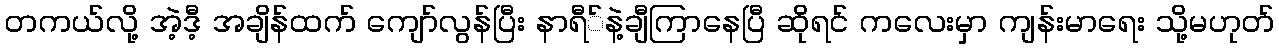
တကယ်လို့ အဲ့ဒီ့ အချိန်ထက် ကျော်လွန်ပြီး နာရီ်နဲ့ချီကြာနေပြီ ဆိုရင် ကလေးမှာ ကျန်းမာရေး သို့မဟုတ်